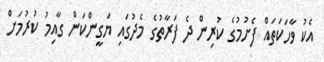
އެކު ވާހަކަތައް ފެށުމުގެ ކުރިން ދެ ފަރާތުގެ މެދުގައި ޔަގީންކަން ގާއިމު ކުރުމަށް